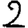
Digit: 2